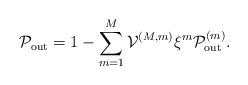
LaTeX: \begin{align*}\mathcal{P}_{\textrm{out}}= 1-\sum^M_{m=1} \mathcal{V}^{(M,m)} \xi^m \mathcal{P}_{\textrm{out}}^{(m)}.\end{align*}